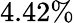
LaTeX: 4.42\%